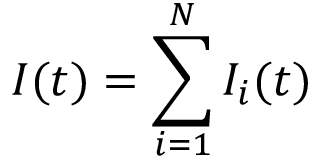
I ( t ) = \sum _ { i = 1 } ^ { N } I _ { i } ( t )